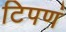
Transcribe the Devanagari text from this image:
टिपणं